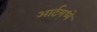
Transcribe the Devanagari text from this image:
आर्टमध्‍ये